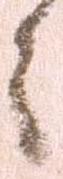
々